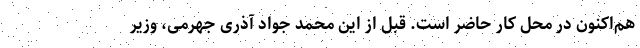
هم‌اکنون در محل کار حاضر است. قبل از این محمد جواد آذری جهرمی، وزیر